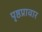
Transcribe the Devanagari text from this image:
पृष्ठप्रावार